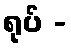
ရုပ် -